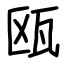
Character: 瓯